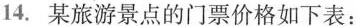
14.某旅游景点的门票价格如下表：